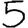
Digit: 5